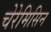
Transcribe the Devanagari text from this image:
चेरेमिसिन